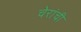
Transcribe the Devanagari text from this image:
चेरांची